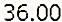
36.00